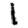
Digit: 1